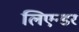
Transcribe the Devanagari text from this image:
लिएन्डर